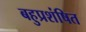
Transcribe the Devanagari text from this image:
बहुप्रशंषित